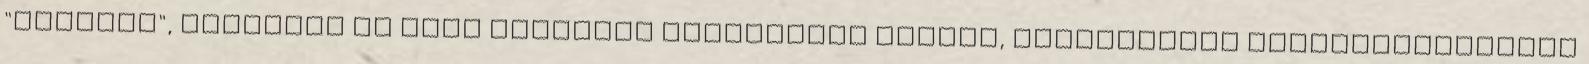
"civilek", valamint az őket támogató antimagyar pártok, szervezetek kezdeményezésére